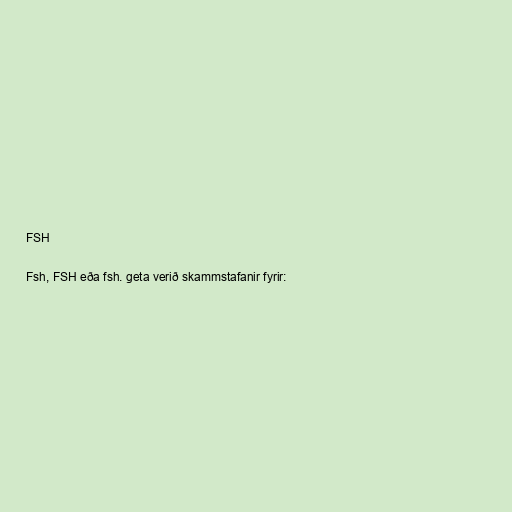
FSH

Fsh, FSH eða fsh. geta verið skammstafanir fyrir: